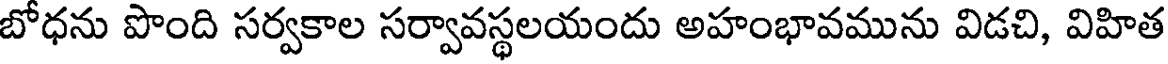
బోధను పొంది సర్వకాల సర్వావస్థలయందు అహంభావమును విడచి, విహిత